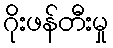
ဂိုးဖန်တီးမှု